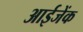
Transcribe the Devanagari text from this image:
आईजेंक